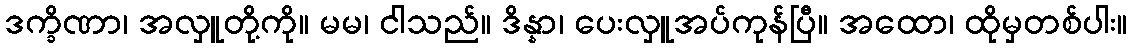
ဒက္ခိဏာ၊ အလှူတို့ကို။ မမ၊ ငါသည်။ ဒိန္နာ၊ ပေးလှူအပ်ကုန်ပြီ။ အထော၊ ထိုမှတစ်ပါး။